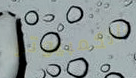
بالكمبيوتر